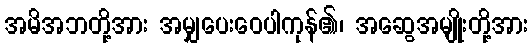
အမိအဘတို့အား အမျှပေးဝေပါကုန်၏၊ အဆွေအမျိုးတို့အား